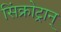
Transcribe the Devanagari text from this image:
सिंक्रोट्रान्